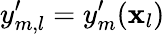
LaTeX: y_{m,l}^{\prime}=y_{m}^{\prime}(\mathbf{x}_{l})